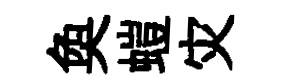
奐螘灾